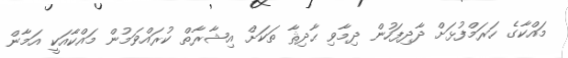
މައްކާގެ ހަރަމްފުޅަށް ދާދިފަހުން ދިމާވި ޙާދިޘާ ތަކަށް އިޝާރާތް ކުރައްވަމުން މައްކާއަކީ އަމާން